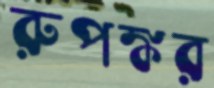
রুপঙ্কর